Vabadussoja_Ajaloo_Komitee, lk 71
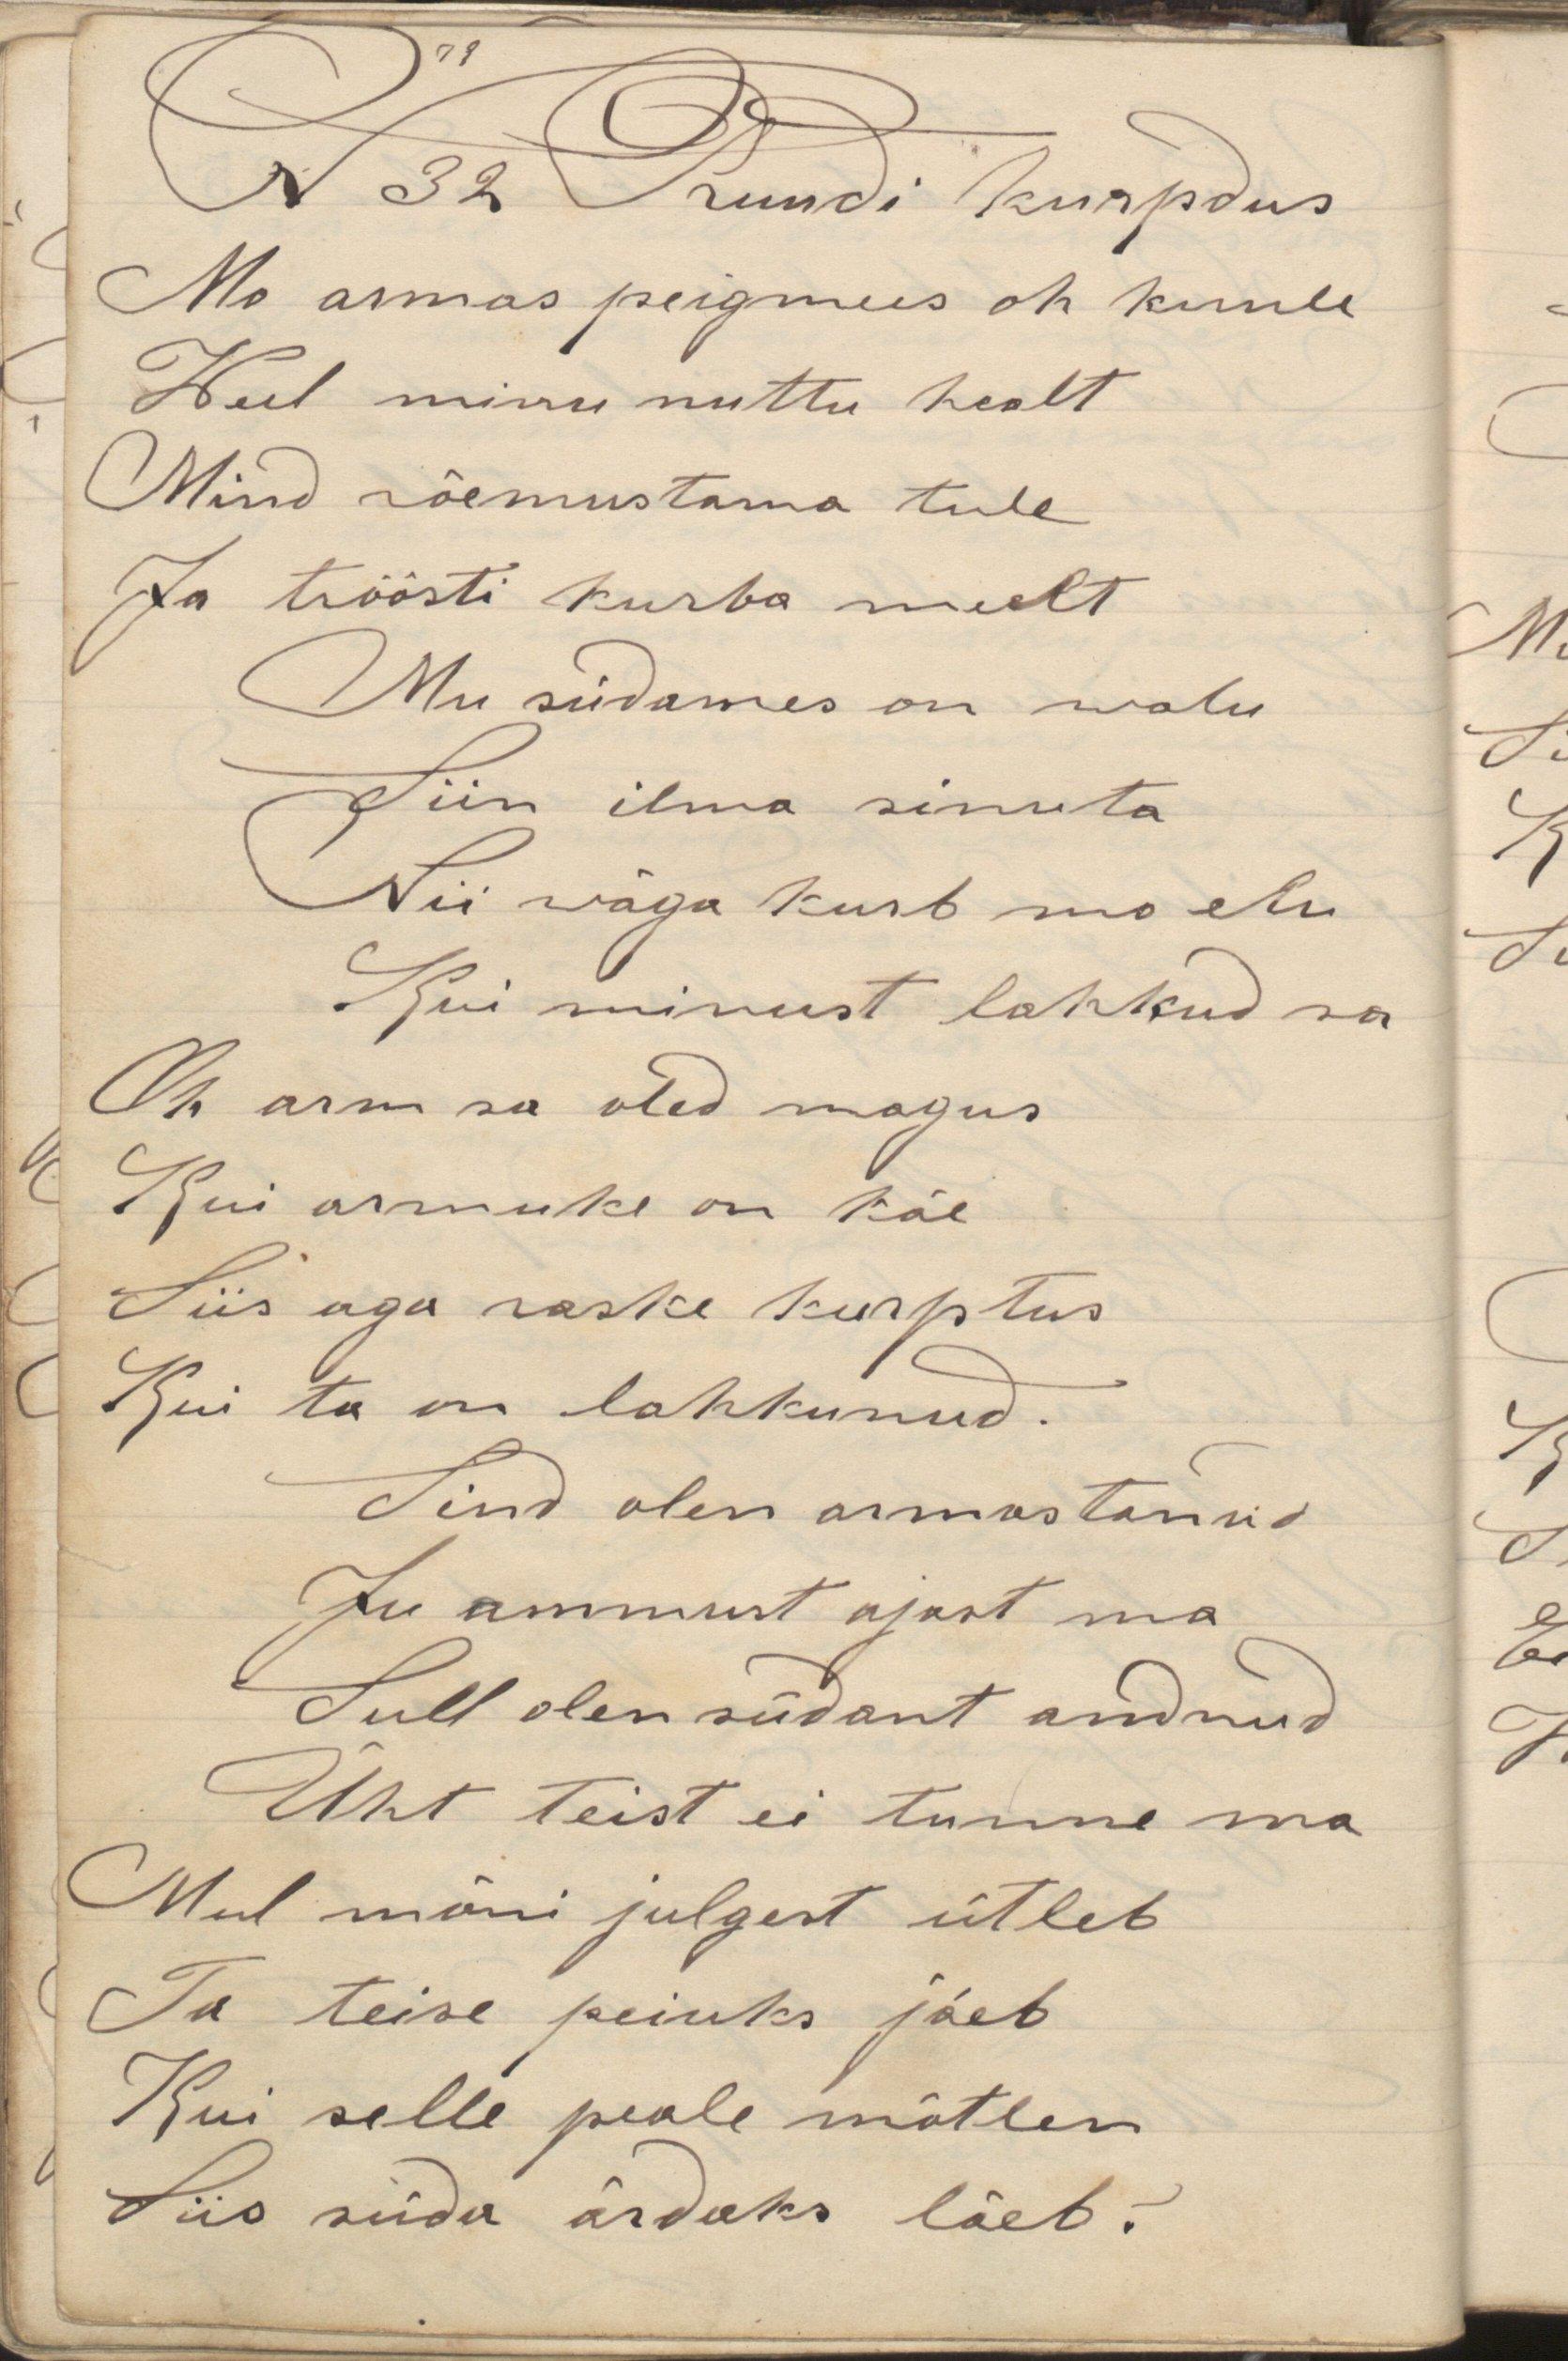
N32 Pruudi kurpdus
Mo armas peigmees oh kuule
Weel minu nuttu healt
Mind rõõmustama tule
Ja tröösti kurba meelt
Mu südames on walu
Siin ilma sinuta
Nii wäga kurb mo elu
Kui minust lahkud sa
Oh arm sa oled magus
Kui armuke on käe
Siis aga raske kurptus
Kui ta on lahkunud.
Sind olen armastanud
Ju ammust ajast ma
Sull olen südant andnud
Üht teist ei tunne ma
Mul mõni julgest ütleb
Ta teise peiuks jäeb
Kui selle peale mõtlen
Siis süda ärdaks läeb.